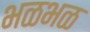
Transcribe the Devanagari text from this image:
भळभळ